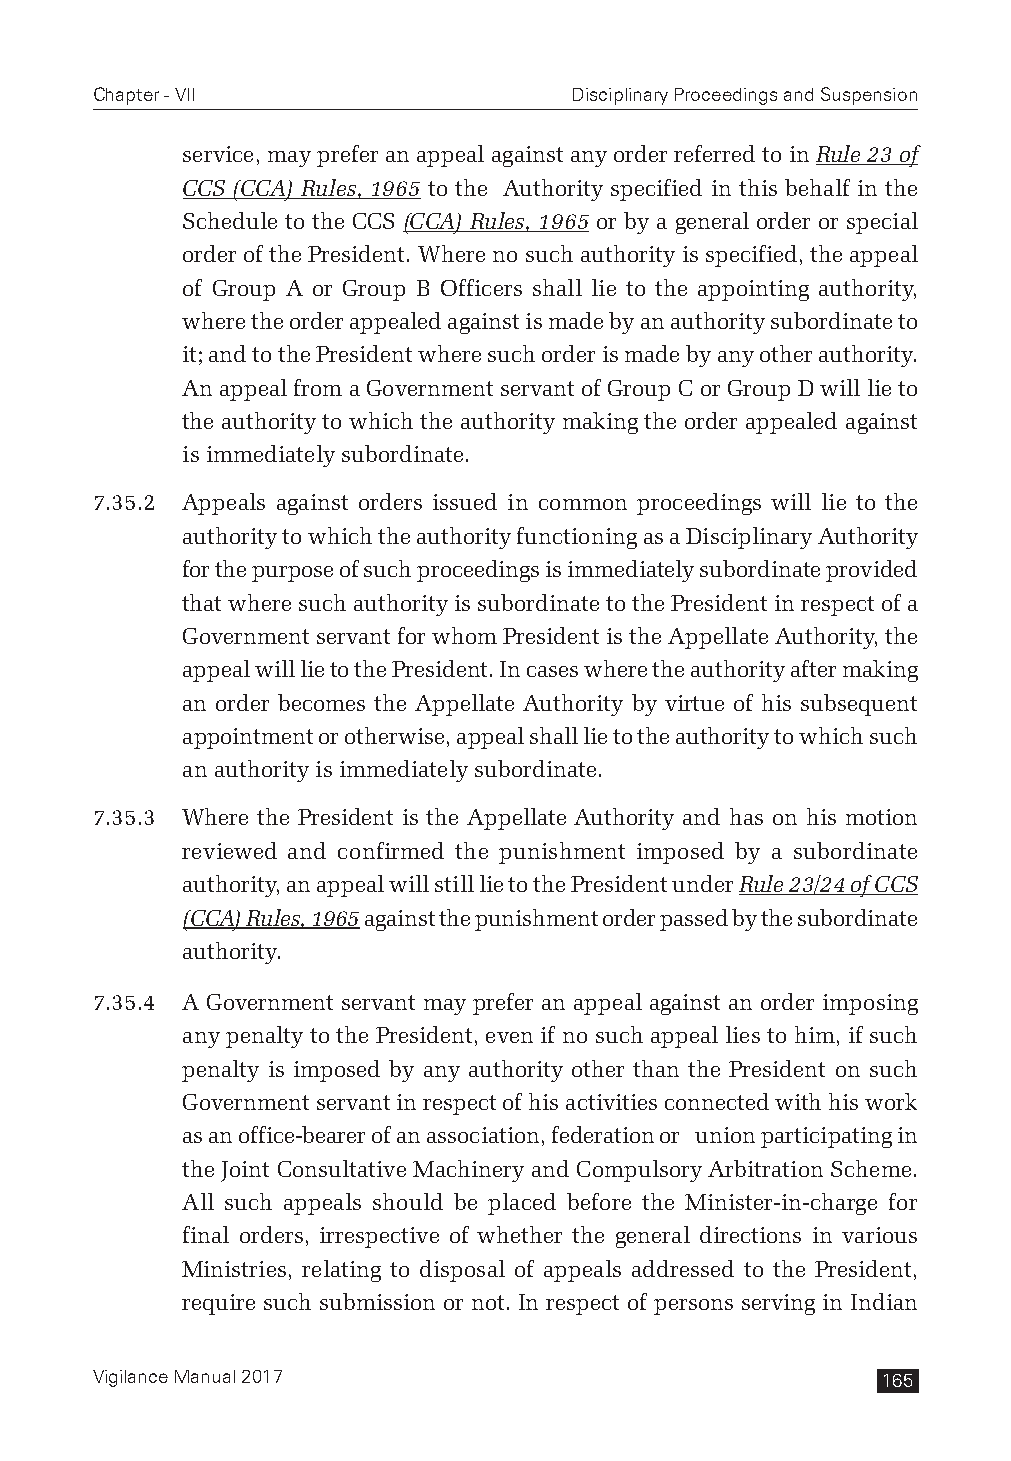
Chapter - VII                   Disciplinary Proceedings and Suspension
 service, may prefer an appeal against any order referred to in Rule 23 of
 CCS (CCA) Rules, 1965 to the Authority specified in this behalf in the
 Schedule to the CCS (CCA) Rules, 1965 or by a general order or special
 order of the President. Where no such authority is specified, the appeal
 of Group A or Group B Officers shall lie to the appointing authority,
 where the order appealed against is made by an authority subordinate to
 it; and to the President where such order is made by any other authority.
 An appeal from a Government servant of Group C or Group D will lie to
 the authority to which the authority making the order appealed against
 is immediately subordinate.
 7.35.2 Appeals against orders issued in common proceedings will lie to the
 authority to which the authority functioning as a Disciplinary Authority
 for the purpose of such proceedings is immediately subordinate provided
 that where such authority is subordinate to the President in respect of a
 Government servant for whom President is the Appellate Authority, the
 appeal will lie to the President. In cases where the authority after making
 an order becomes the Appellate Authority by virtue of his subsequent
 appointment or otherwise, appeal shall lie to the authority to which such
 an authority is immediately subordinate.
 7.35.3 Where the President is the Appellate Authority and has on his motion
 reviewed and confirmed the punishment imposed by a subordinate
 authority, an appeal will still lie to the President under Rule 23/24 of CCS
 (CCA) Rules, 1965 against the punishment order passed by the subordinate
 authority.
 7.35.4 A Government servant may prefer an appeal against an order imposing
 any penalty to the President, even if no such appeal lies to him, if such
 penalty is imposed by any authority other than the President on such
 Government servant in respect of his activities connected with his work
 as an office-bearer of an association, federation or union participating in
 the Joint Consultative Machinery and Compulsory Arbitration Scheme.
 All such appeals should be placed before the Minister-in-charge for
 final orders, irrespective of whether the general directions in various
 Ministries, relating to disposal of appeals addressed to the President,
 require such submission or not. In respect of persons serving in Indian
 Vigilance Manual 2017                               165